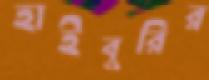
হাইবুরির